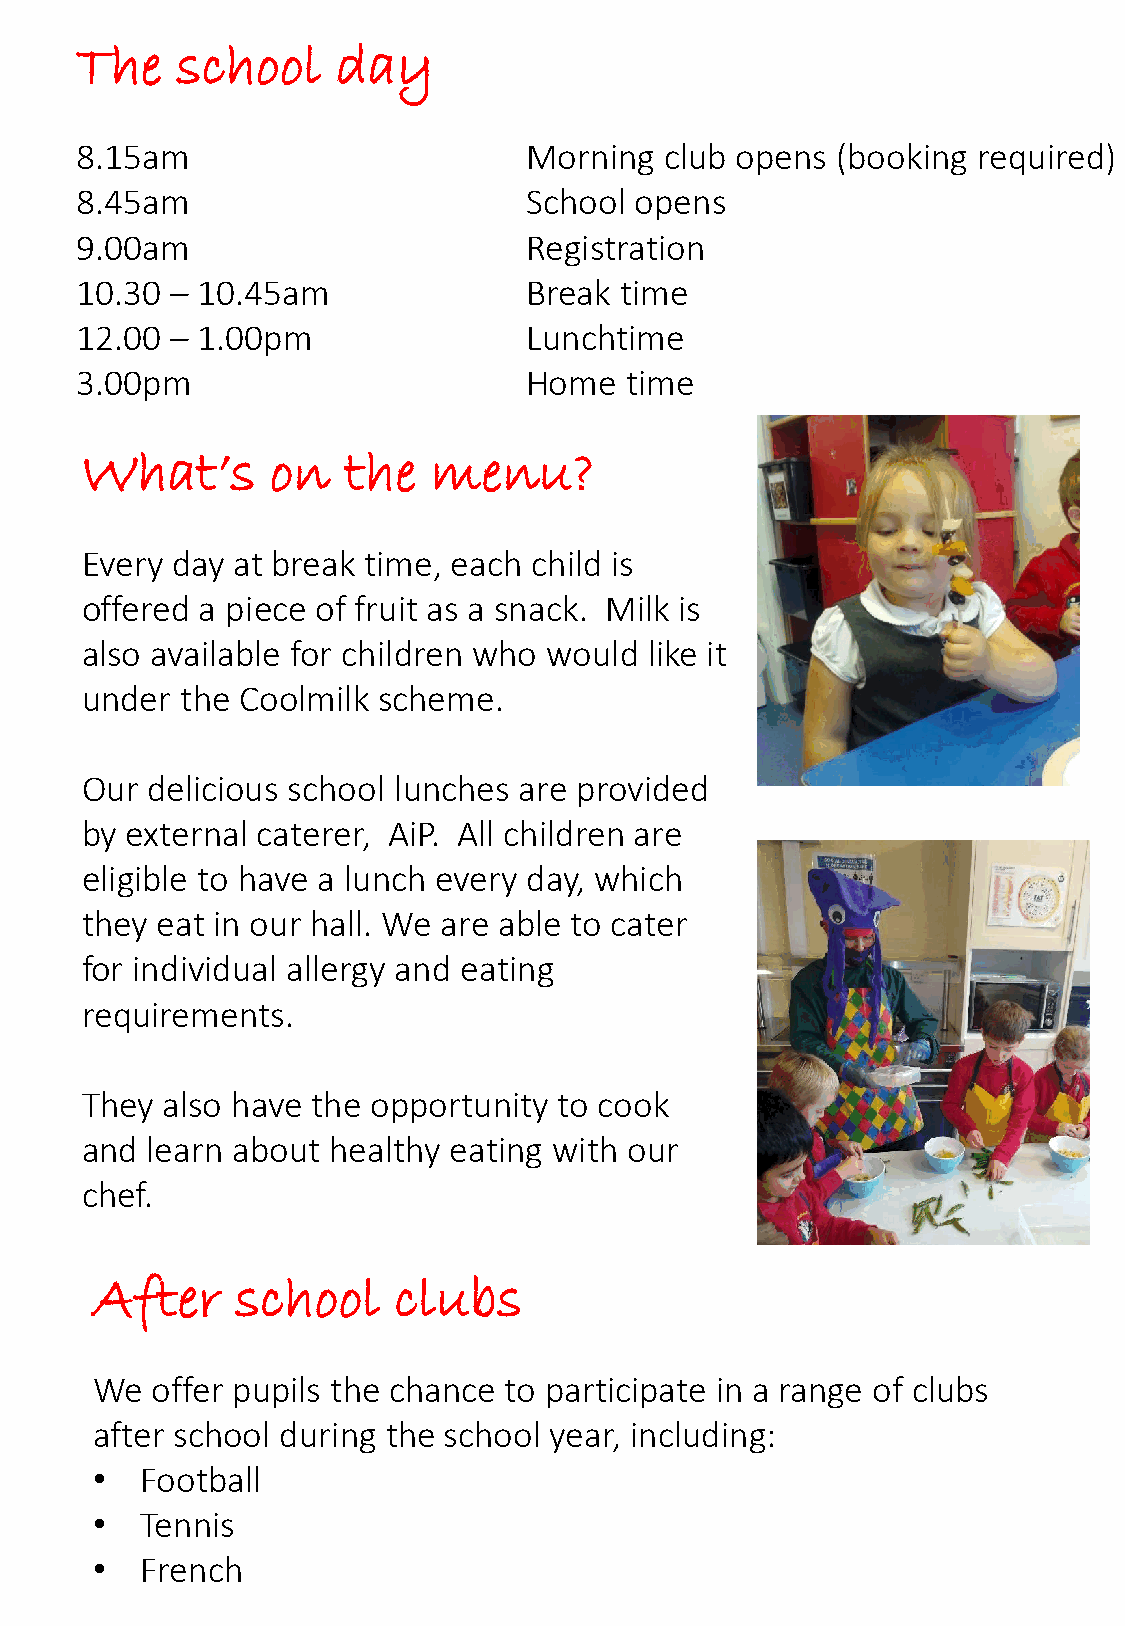
The    school    day
 8.15am                        Morning  club opens (booking  required)
 8.45am                        School opens
 9.00am                        Registration
 10.30 – 10.45am               Break time
 12.00 – 1.00pm                Lunchtime
 3.00pm                        Home  time
 What’s       on   the   menu?
 Every day at break time, each child is
 offered a piece of fruit as a snack. Milk is
 also available for children who would like it
 under  the Coolmilk scheme.
 Our  delicious school lunches are provided
 by external caterer, AiP. All children are
 eligible to have a lunch every day, which
 they eat in our hall. We are able to cater
 for individual allergy and eating
 requirements.
 They  also have the opportunity to cook
 and  learn about healthy eating with our
 chef.
 After     school    clubs
 We  offer pupils the chance to participate in a range of clubs
 after school during the school year, including:
 •  Football
 •  Tennis
 •  French